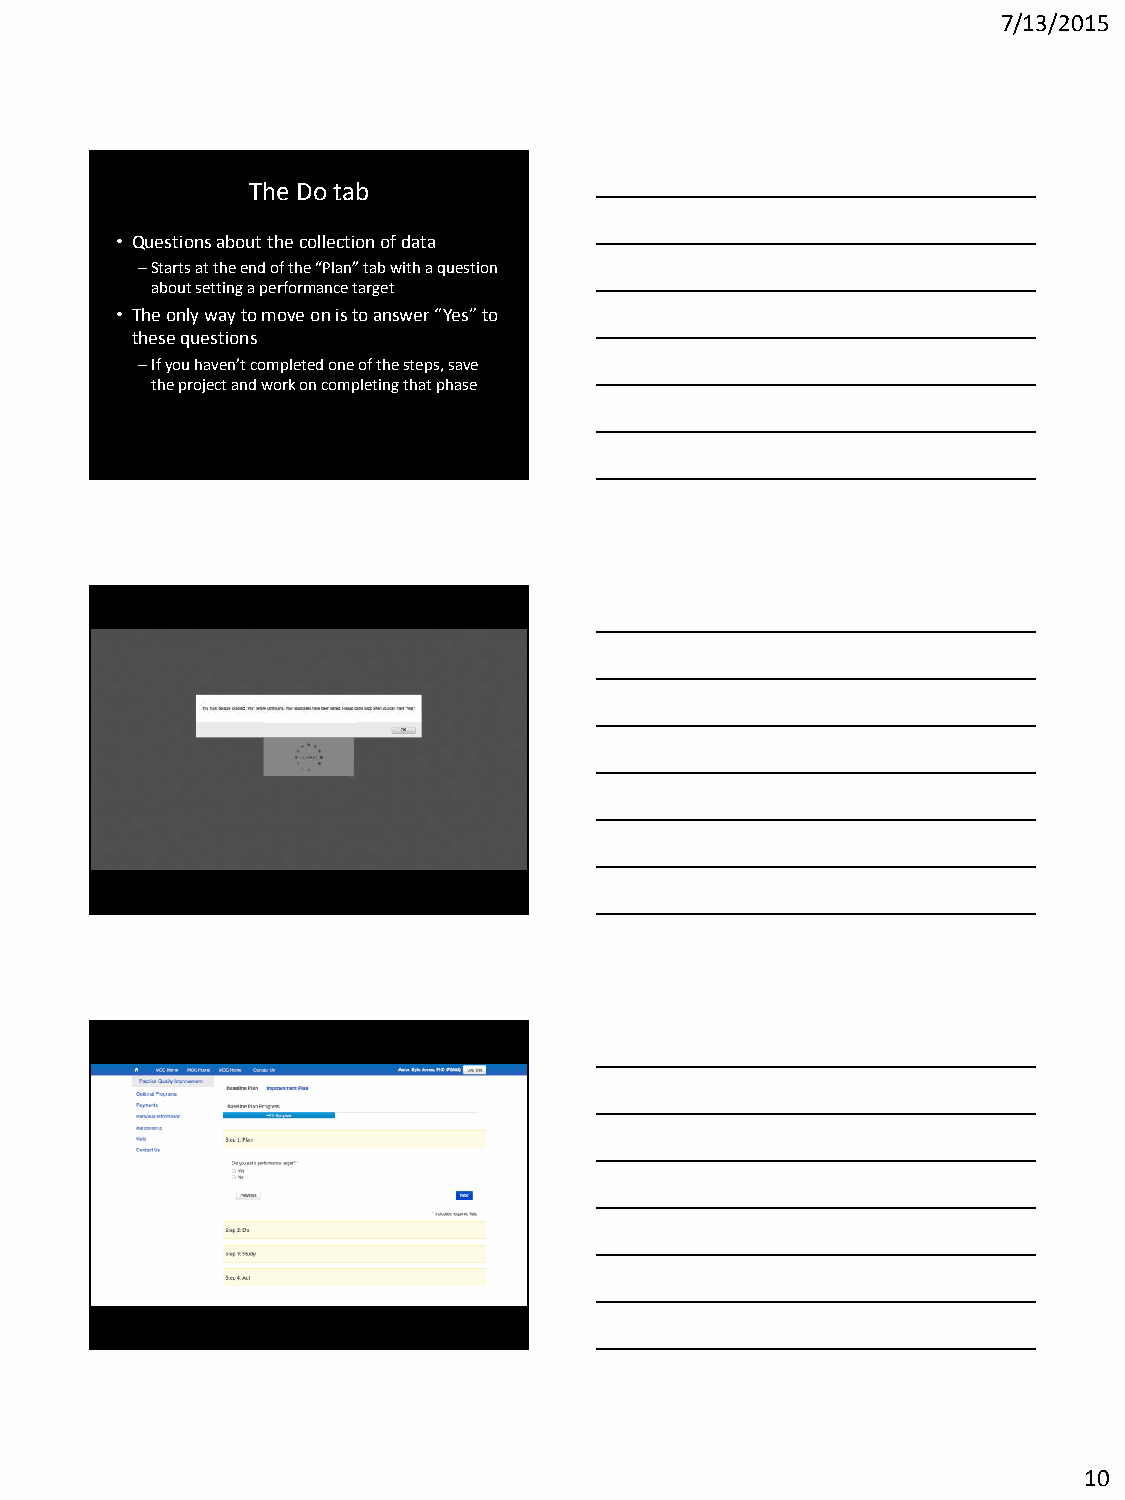
7/13/2015
 The Do tab
 • Questions about the collection of data
 –Starts at the end of the “Plan” tab with a question
 about setting a performance target
 • The only way to move on is to answer “Yes” to
 these questions
 –If you haven’t completed one of the steps, save
 the project and work on completing that phase
 10